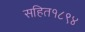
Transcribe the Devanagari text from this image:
सहित१८९४